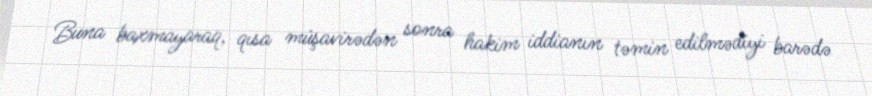
Buna baxmayaraq, qısa müşavirədən sonra hakim iddianın təmin edilmədiyi barədə